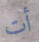
أت